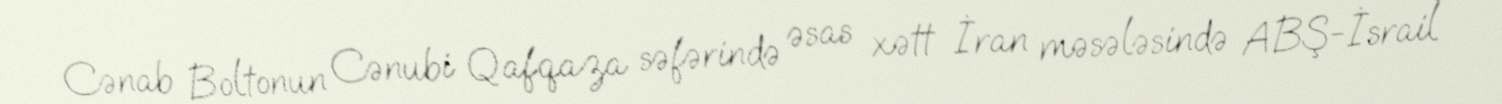
Cənab Boltonun Cənubi Qafqaza səfərində əsas xətt İran məsələsində ABŞ-İsrail